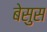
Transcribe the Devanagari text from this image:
बेसुस